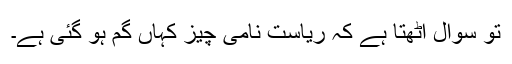
تو سوال اُٹھتا ہے کہ ریاست نامی چیز کہاں گم ہو گئی ہے۔